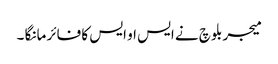
میجر بلوچ نے ایس او ایس کا فائر مانگا ۔